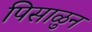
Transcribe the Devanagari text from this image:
पिसाळुन